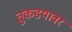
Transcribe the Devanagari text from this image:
तुकडयावर